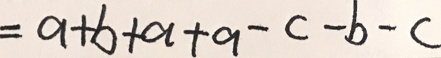
= a + b + a + a - c - b - c